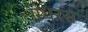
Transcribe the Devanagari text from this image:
गंधरस